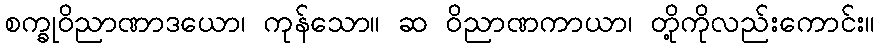
စက္ခုဝိညာဏာဒယော၊ ကုန်သော။ ဆ ဝိညာဏကာယာ၊ တို့ကိုလည်းကောင်း။